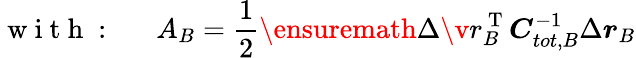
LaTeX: \mathrm{~w~i~t~h~:~\quad~}A_{B}=\frac 12\ensuremath{\Delta\v{r}_{B}^{\mathrm{~T~}}}\boldsymbol{C}_{tot,B}^{-1}\Delta\boldsymbol{r}_{B}